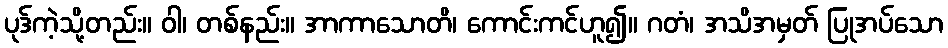
ပုဒ်ကဲ့သို့တည်း။ ဝါ၊ တစ်နည်း။ အာကာသောတိ၊ ကောင်းကင်ဟူ၍။ ဂတံ၊ အသိအမှတ် ပြုအပ်သော